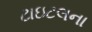
ટાઇટલના